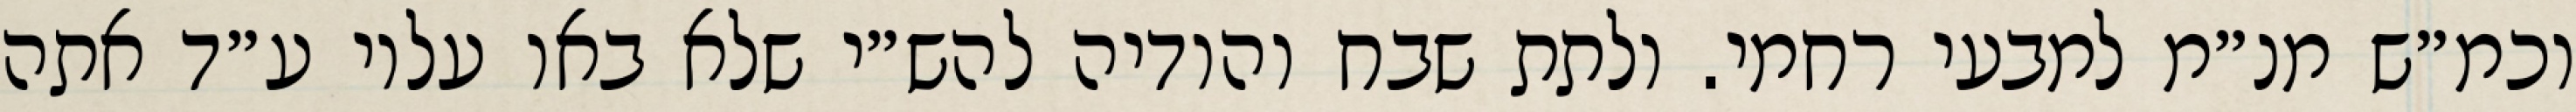
וכמ״ש מנ״מ למבעי רחמי. ולתת שבח והודיה להש״י שלא באו עליו ע״ד אתה